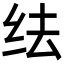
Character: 𬘛